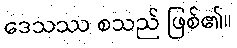
ဒေသဿ စသည် ဖြစ်၏။